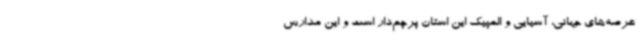
عرصه‌های جهانی، آسیایی و المپیک این استان پرچم‌دار است و این مدارس